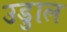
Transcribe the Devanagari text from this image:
उडुाल